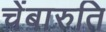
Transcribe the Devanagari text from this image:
चेंबारुति